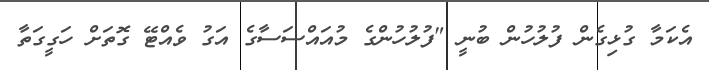
އެކަމާ ގުޅިގެން ފުލުހުން ބުނީ "ފުލުހުންގެ މުއައްސަސާގެ އަގު ވެއްޓޭ ގޮތަށް ހަގީގަތާ